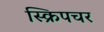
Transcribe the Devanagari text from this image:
स्क्रिपचर